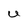
Character: U